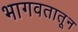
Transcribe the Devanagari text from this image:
भागवतातून